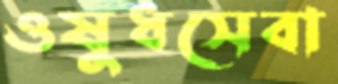
ওষুধসেবা